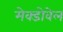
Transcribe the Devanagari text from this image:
मेक्डोवेल